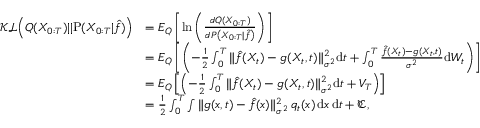
\begin{array} { r l } { \mathcal { K L } \Big ( Q ( X _ { 0 : T } ) | | \mathrm { P } ( X _ { 0 : T } | \hat { f } ) \Big ) } & { = E _ { { Q } } \left[ \mathrm { l n } \left( \frac { d { Q } ( X _ { 0 : T } ) } { d { P } \left( X _ { 0 : T } \vert \hat { f } \right) } \right) \right] } \\ & { = E _ { { Q } } \left[ \left( - \frac { 1 } { 2 } \int _ { 0 } ^ { T } { { \| \hat { f } ( X _ { t } ) - g ( X _ { t } , t ) \| _ { \sigma ^ { 2 } } ^ { 2 } } \mathrm { d } t } + \int _ { 0 } ^ { T } { \frac { \hat { f } ( X _ { t } ) - g ( X _ { t } , t ) } { { \sigma ^ { 2 } } } \mathrm { d } W _ { t } } \right) \right] } \\ & { = E _ { { Q } } \left[ \left( - \frac { 1 } { 2 } \int _ { 0 } ^ { T } { { \| \hat { f } ( X _ { t } ) - g ( X _ { t } , t ) \| _ { \sigma ^ { 2 } } ^ { 2 } } \mathrm { d } t } + V _ { T } \right) \right] } \\ & { = \frac { 1 } { 2 } \int _ { 0 } ^ { T } \int \| g ( x , t ) - \hat { f } ( x ) \| _ { \sigma ^ { 2 } } ^ { 2 } \, q _ { t } ( x ) \, \mathrm { d } x \, \mathrm { d } t + \mathfrak { C } , } \end{array}